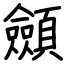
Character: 顩